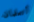
أتعلمان